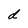
Character: d